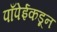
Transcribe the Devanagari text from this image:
पाँपेईकडून